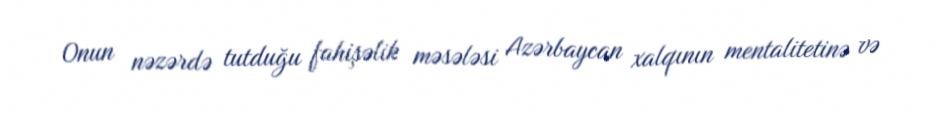
Onun nəzərdə tutduğu fahişəlik məsələsi Azərbaycan xalqının mentalitetinə və